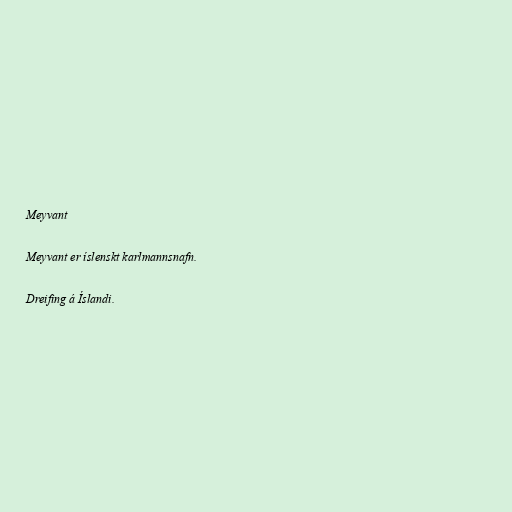
Meyvant

Meyvant er íslenskt karlmannsnafn.

Dreifing á Íslandi.